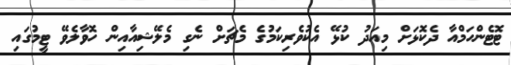
ޓޮޓެންހަމްއާ ދެކޮޅަށް މިއަދު ކުޅޭ އެކުވެރިކަމުގެ މެޗަށް ނެގި މެލޭޝިއާއިން ހޮވާލެވޭ ޓީމުގައި